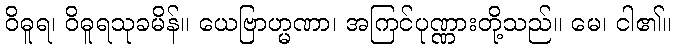
ဝိဓူရ၊ ဝိဓူရသုခမိန်။ ယေဗြာဟ္မဏာ၊ အကြင်ပုဏ္ဏားတို့သည်။ မေ၊ ငါ၏။